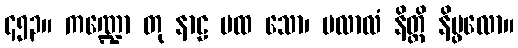
၄၅၃။ ကဏ္ဍော တု နာဠ မထ သော၊ ပလာလံ နိတ္ထိ နိပ္ဖလော။